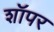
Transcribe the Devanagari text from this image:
शॉपर